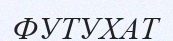
ФУТУХАТ